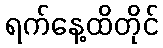
ရက်နေ့ထိတိုင်